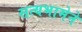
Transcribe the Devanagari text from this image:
सत्यभामेने